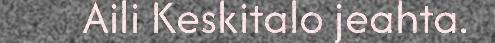
Aili Keskitalo jeahta.